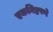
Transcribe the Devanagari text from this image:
एकनिष्ठपणे